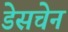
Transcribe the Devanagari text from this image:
डेसचेन